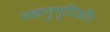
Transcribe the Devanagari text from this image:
सहानुभूतिऔर